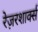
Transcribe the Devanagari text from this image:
रेज़रशार्क्स